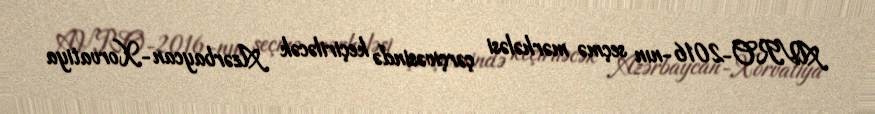
AVRO-2016-nın seçmə mərhələsi çərçivəsində keçiriləcək Azərbaycan-Xorvatiya